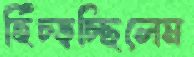
হিঁচ্‌ড়চ্ছিলেম